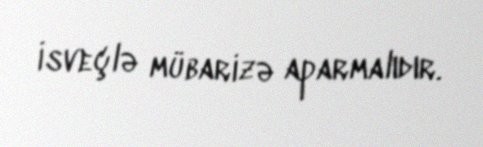
İsveçlə mübarizə aparmalıdır.